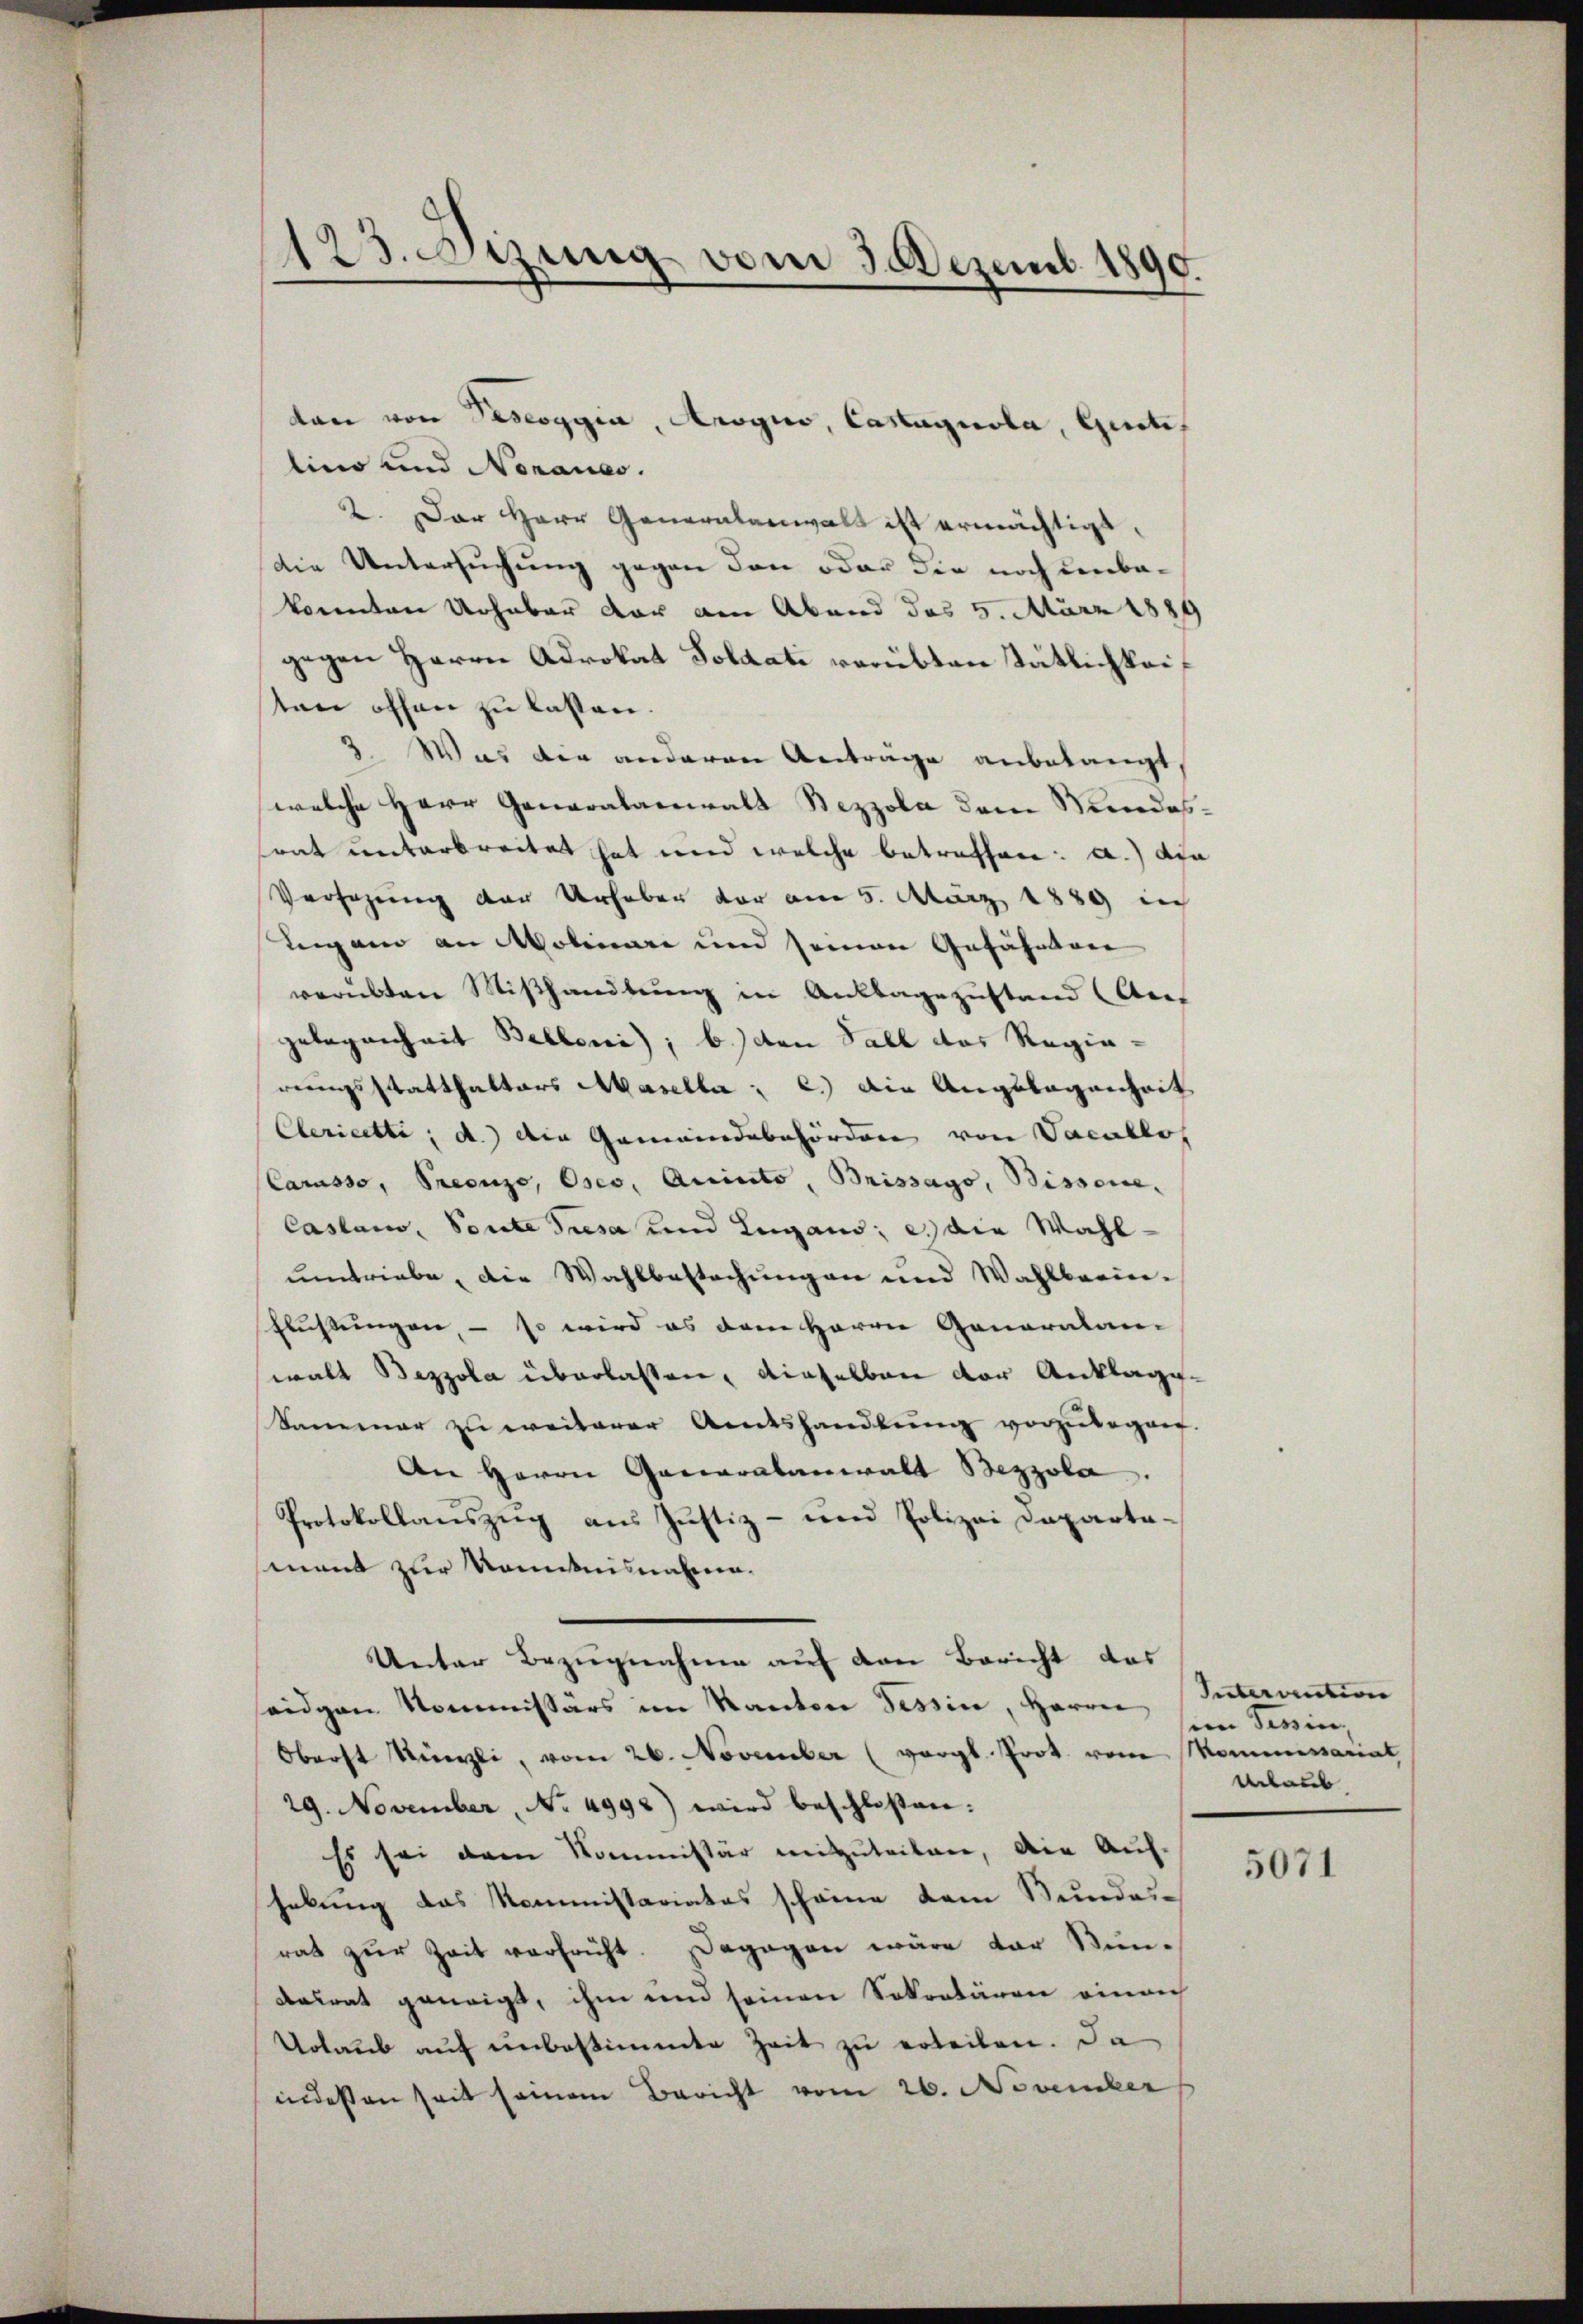
d
23. Setzung vom 3. Dezemb. 1890.

lino und Noranes.
2. Der Herr Generalanwalt ist ermächtigt.
die Untersuchung gegen den oder die noch einbakonnten Urhaber vor am Abend des 5. März 1889
gegen Herrn Advokat Soldati verübten Tätlichkeiten offen zu lassen.
8. Was die anderen Anträge anbelangt
welche Herr Generalanwalt Bezzola dem Mundessrat unterbreitet hat und welche betreffen: a.) die
Versezung der Urhaben vor am 5. März 1889 in
Leigano an Molinare und seinen Gefährten
verübten Mißhandlung in Anklagezustand (Are-
gelegenheit Belleni); b.) den Fall das Regie-
rungsstatthalters Masella c.) in Angelegenheit
Cleriette; d.) die Gemeindebehörden von Vacullos
Carasso, Preise, Oser, Quinto, Brissago, Bissene
Caslam, Soute Presa und Lugaus; et die Wahlumtriebe, die Wahlbestechungen und Wahlbeein-
Flußungen, – so wird es dem Herrn Generalan-
walt Bezzola überlassen, dieselben der Ankläge¬
Sammer zu weiterer Amtshandlung vorzulegen.
An Herrn Generalanwalt Bezzola.
Protokollauszug aus Justiz- und Polizei Daparta-
mant zur Komitnisnahmen.
Unter Bezugnahme auf den Bericht das
seiden Kommissärs im Kanton Tessin, Herrn Intervation
Oberst Künzli, vom 26. November (vergl. Prot. vom Kommissariat
29. November, No 4998) wird beschloßen:
Es sei dem Kommissär mitzuteilen, die Aufhebung das Noministariates scheine dem Bundesrat zur Zeit verfricht. Dagegen wäre der Stun-
dalrat geneigt, ihm und seinen Sokontären einan
Urlaub auf unbestimmte Zeit zu erteilen. Da
indessen seit seinem Bericht vom 26. November

ton von Pescoggia, Arogno, Castagnola, Gestes

sein Tessin,
Urlaub

5071